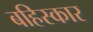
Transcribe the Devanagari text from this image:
बहिस्कार